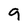
Character: 9